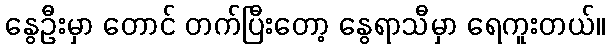
နွေဦးမှာ တောင် တက်ပြီးတော့ နွေရာသီမှာ ရေကူးတယ်။